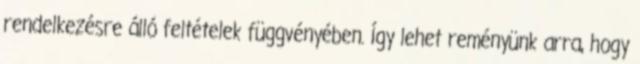
rendelkezésre álló feltételek függvényében. Így lehet reményünk arra, hogy